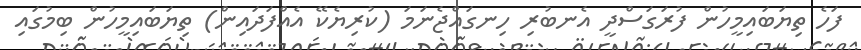
ފަހެ ތިޔަބައިމީހުން ފުރަގަސްދީ އެނބުރި ހިނގައްޖެނަމަ (ކުރިޔެކޭ އެއްފަދައިން) ތިޔަބައިމީހުން ބިމުގައި